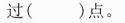
过（）点。